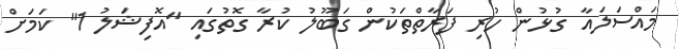
މައްސަލައާ ގުޅުން ހުރި ފަރާތްތަކުން ގަބޫލު ކުރާ ގޮތުގައި "އޮފިޝަލު 1" ކަމަށް